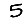
Digit: 5